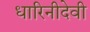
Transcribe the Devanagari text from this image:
धारिनीदेवी